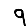
Digit: 9